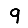
Digit: 9